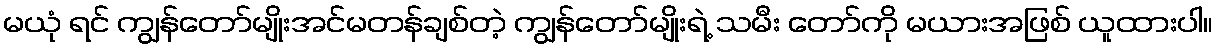
မယုံ ရင် ကျွန်တော်မျိုးအင်မတန်ချစ်တဲ့ ကျွန်တော်မျိုးရဲ့ သမီး တော်ကို မယားအဖြစ် ယူထားပါ။